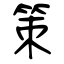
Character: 策